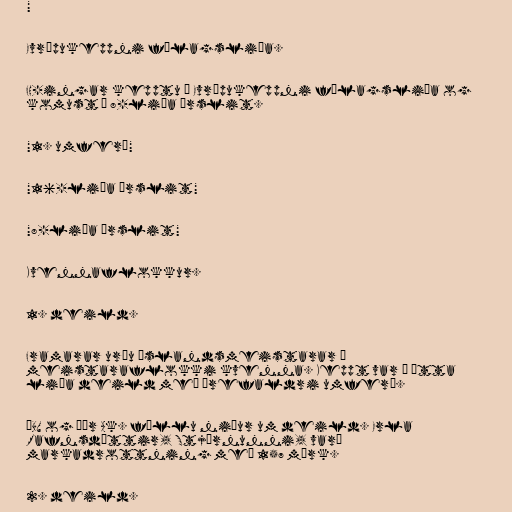
"

Evrópukeppni félagsliða.

FH-ingar kepptu í Evrópukeppni félagsliða og
komust í 8-liða úrslit.

"1. umferð"

"16-liða úrslit"

"8-liða úrslit"

Kvennaflokkur.

1. deild.

Framarar urðu Íslandsmeistarar í
meistaraflokki kvenna. Keppt var í átta
liða deild með þrefaldri umferð.

ÍBV og Þór Ak. féllu niður um deild. Erla
Rafnsdóttir, Stjörnunni, varð
markadrottning með 157 mörk.

2. deild.